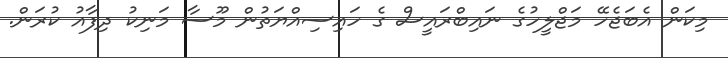
މިކަން އެބަޖެހޭ މަޖްލީހުގެ ނައިބްރައީސް ގެ ހައިސިއްޔަތުން މޫސާ މަނިކު ދިފާއު ކުރަން.